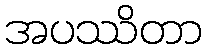
အပဿိတာ